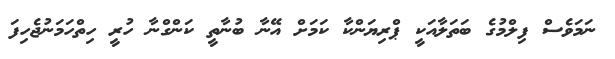
ނަމަވެސް ފިލްމުގެ ބަތަލާއަކީ ޕްރިޔަންކާ ކަމަށް އޭނާ ބުނާތީ ކަންގްނާ ހުރީ ހިތްހަމަނުޖެހިފަ